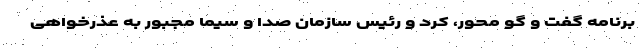
برنامه گفت و گو محور، کرد و رئیس سازمان صدا و سیما مجبور به عذرخواهی